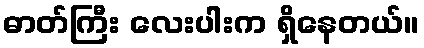
ဓာတ်ကြီး လေးပါးက ရှိနေတယ်။